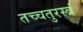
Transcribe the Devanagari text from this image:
तच्चतुरस्त्रं